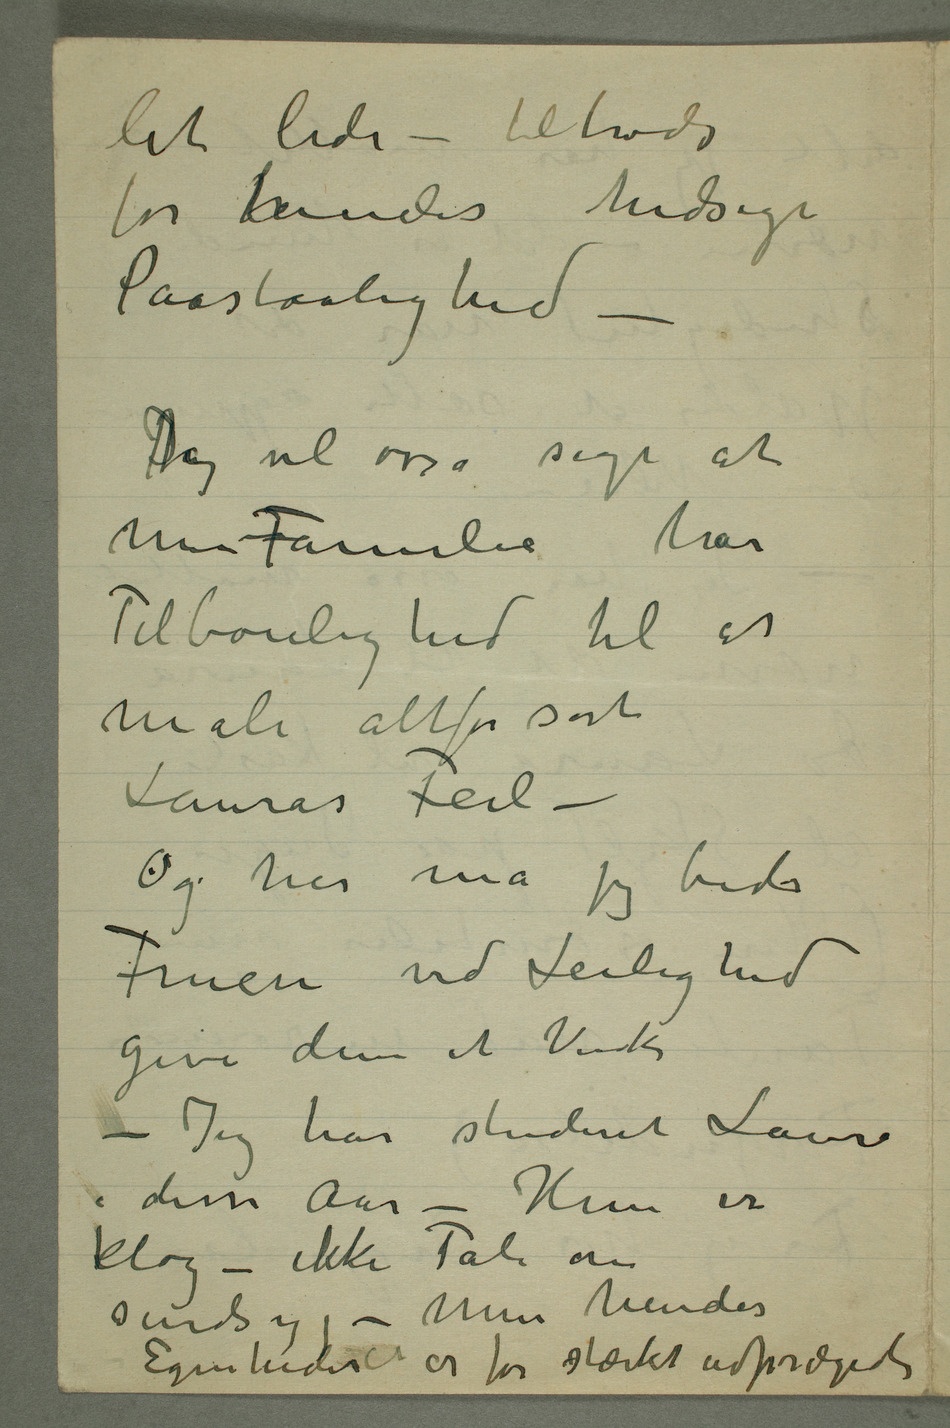
let lide – tiltrods
for hendes hidsige
Paastaalighed –
DJeg vil osså sige at
min Familie har
Tilbøielighed til at
male altfor sort
Lauras Feil –
Og her må jeg bede
Fruen ved Leilighed
give dem et Vink
– Jeg har studeret Laura
i disse Aar – Hun er
klog – ikke Tale om
sindsyg – Men hendes
Egenheder er for stærkt udprægede